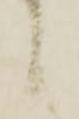
々